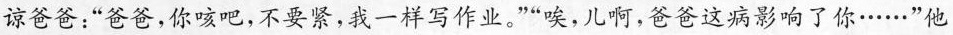
谅爸爸：“爸爸，你咳吧，不要紧，我一样写作业。”“唉，儿啊，爸爸这病影响了你……”他